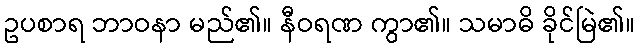
ဥပစာရ ဘာဝနာ မည်၏။ နီဝရဏ ကွာ၏။ သမာဓိ ခိုင်မြဲ၏။